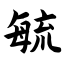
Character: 毓